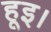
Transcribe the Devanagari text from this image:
हूइ।